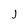
Character: j